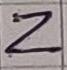
Text: Z